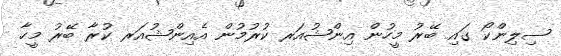
ސިލިންކޯ ގައި ބޭރު މީހުން އިންޝުއަރ ކުރުމުން އެއިންޝުއަރ ކުރާ ބޭރު މީހާ